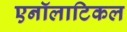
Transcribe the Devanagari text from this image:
एनॉलाटिकल